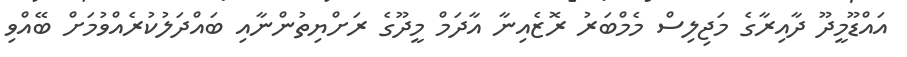
އައްޑޫމީދޫ ދާއިރާގެ މަޖިލިސް މެމްބަރު ރޮޒެއިނާ އާދަމް މީދޫގެ ރަށްޔިތުންނާއި ބައްދަލުކުރެއްވުމަށް ބޭއްވި